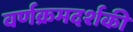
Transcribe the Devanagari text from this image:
वर्णक्रमदर्शकी